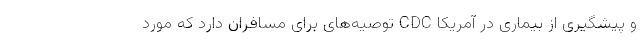
و پیشگیری از بیماری در آمریکا CDC توصیه‌های برای مسافران دارد که مورد